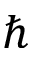
\hslash